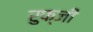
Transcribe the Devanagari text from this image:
रुफ्जी